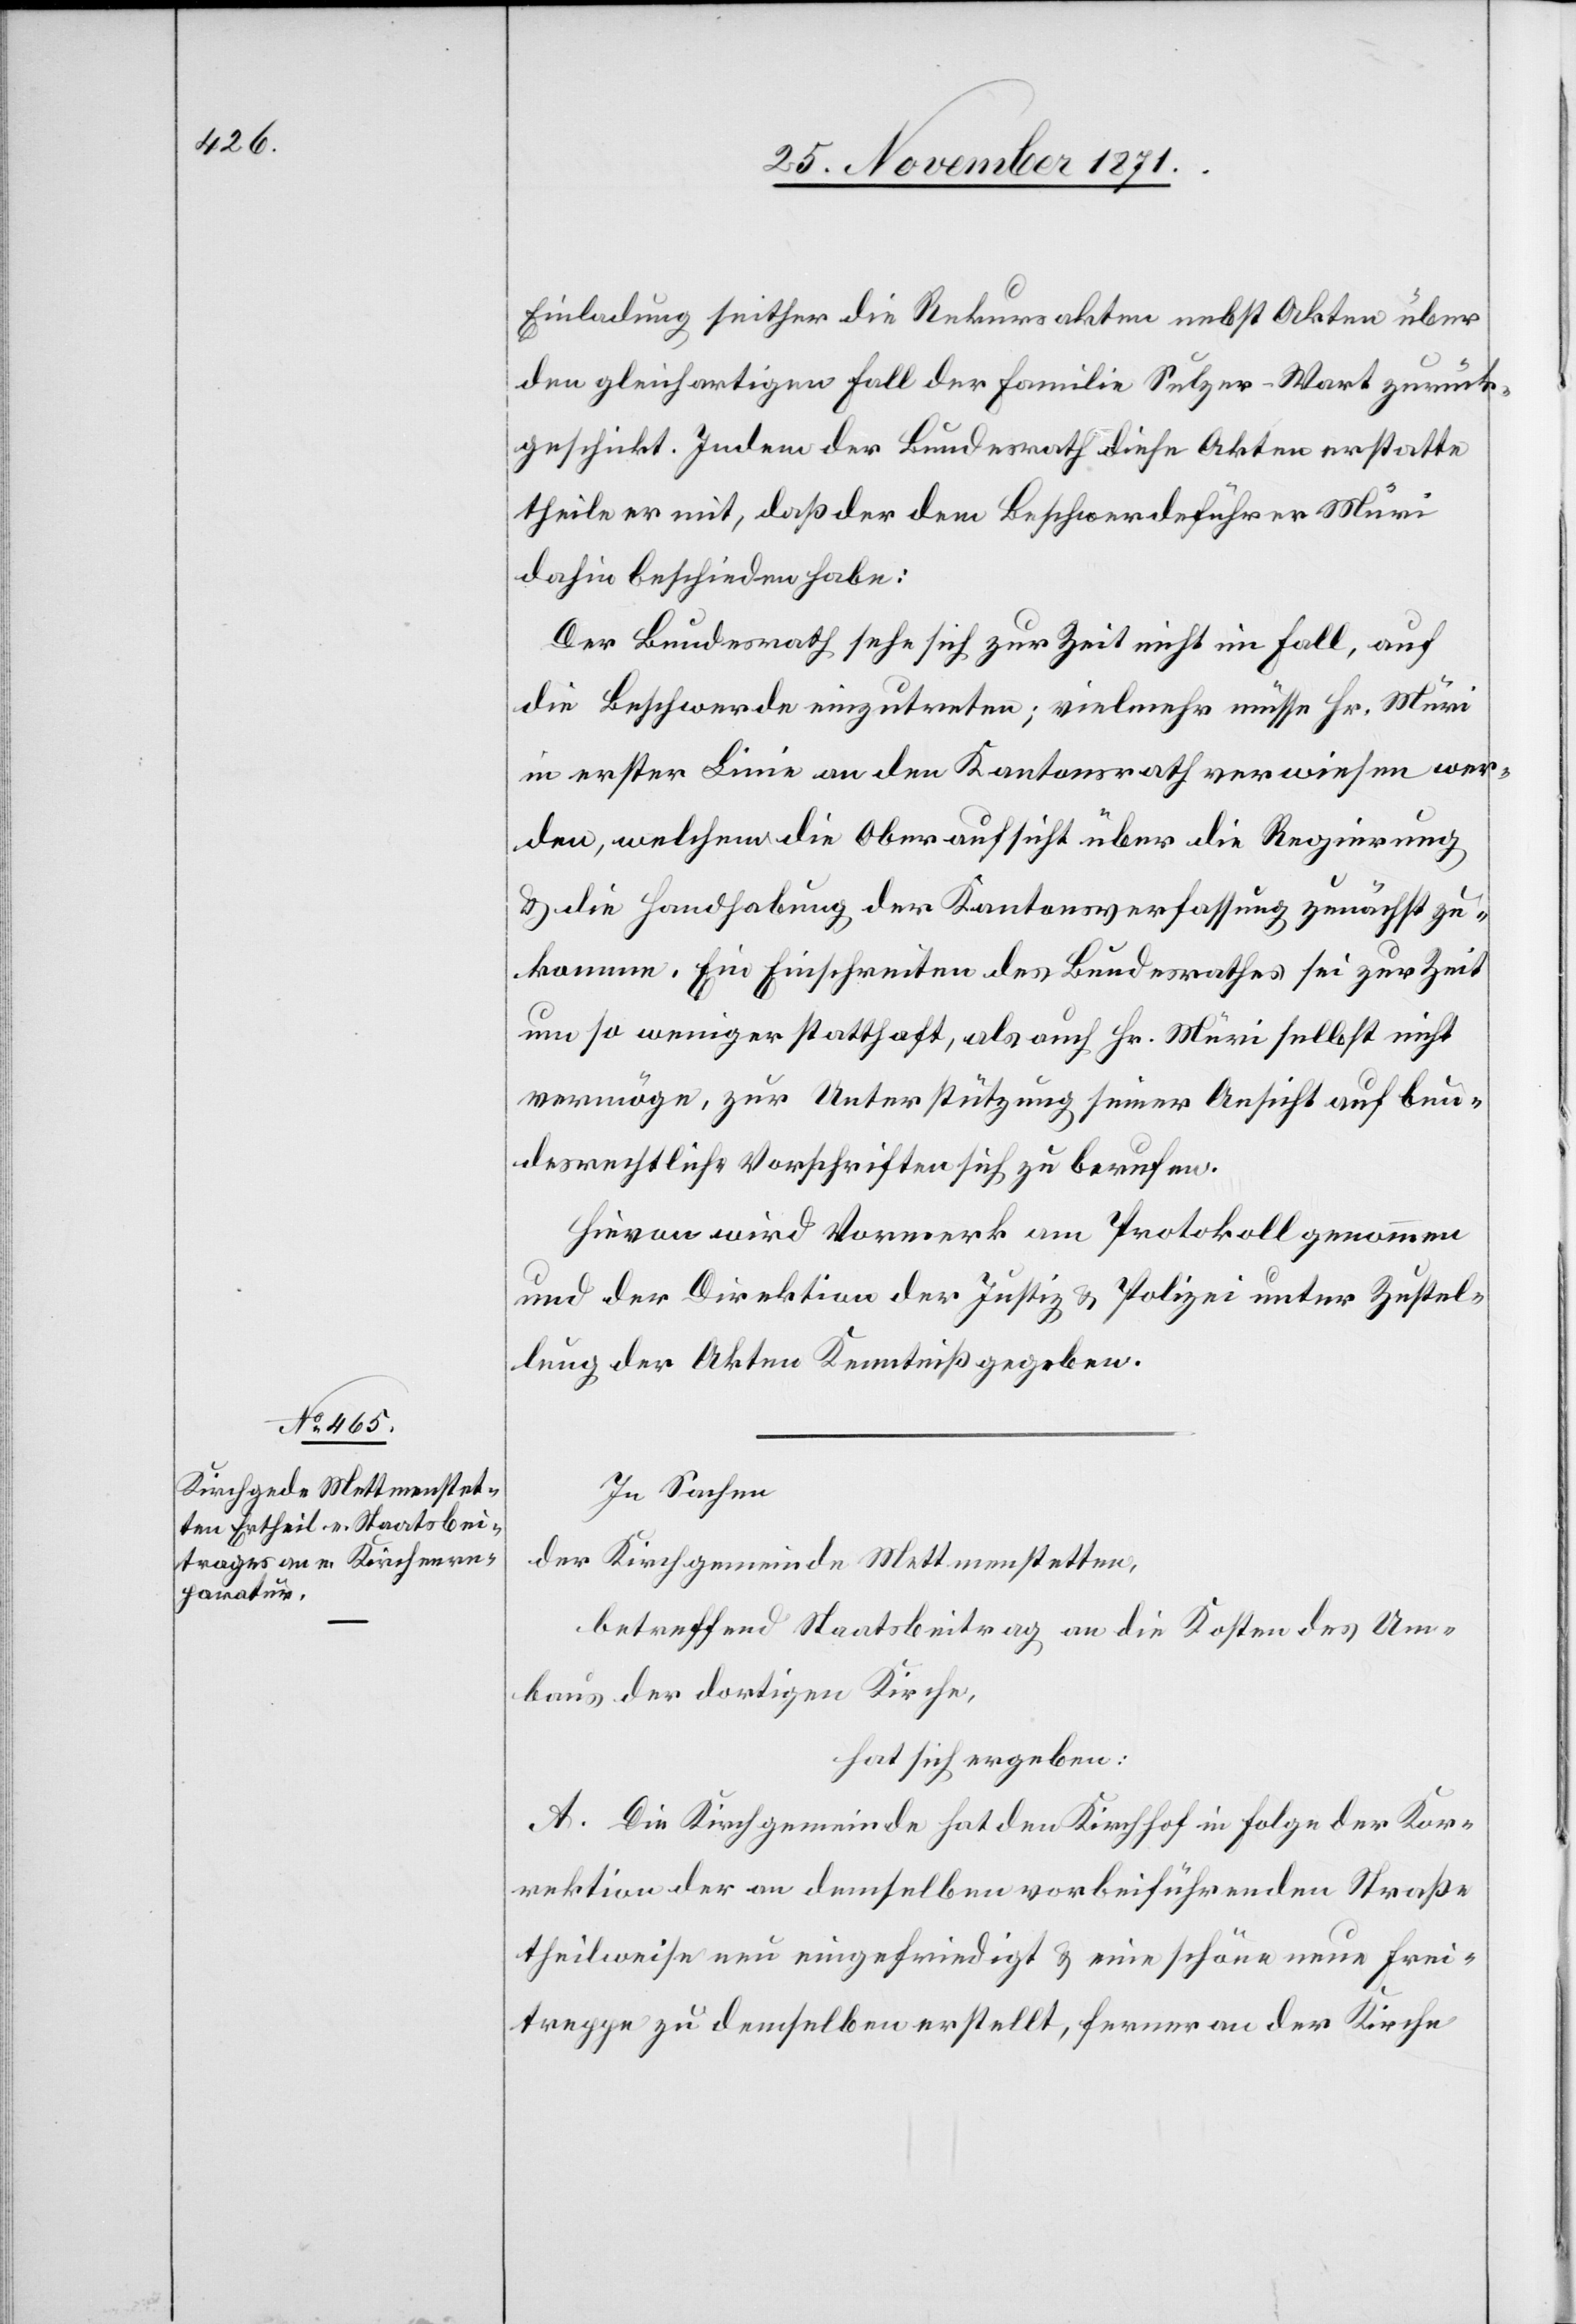
Einladung seither die Rekursakten nebst Akten über
den gleichartigen Fall der Familie Sulzer-Mart zurück¬
geschickt. Indem der Bundesrath diese Akten erstatte
theile er mit, daß der [sic!] dem Beschwerdeführer Müri
dahin beschieden habe:
Der Bundesrath sehe sich zur Zeit nicht im Fall, auf
die Beschwerde einzutreten; vielmehr müsse Hr. Müri
in erster Linie an den Kantonsrath verwiesen wer¬
den, welchem die Oberaufsicht über die Regierung
& die Handhabung der Kantonsverfassung zunächst zu¬
komme. Ein Einschreiten des Bundesrathes sei zur Zeit
um so weniger statthaft, als auch Hr. Müri selbst nicht
vermöge, zur Unterstützung seiner Ansicht auf bun¬
desrechtliche Vorschriften sich zu berufen.
Hievon wird Vormerk am Protokoll genommen
und der Direktion der Justiz & Polizei unter Zustel¬
lung der Akten Kenntniß gegeben.
In Sachen
der Kirchgemeinde Mettmenstetten,
betreffend Staatsbeitrag an die Kosten des Um¬
baus der dortigen Kirche,
hat sich ergeben:
A. Die Kirchgemeinde hat den Kirchhof in Folge der Kor¬
rektion der an demselben vorbeiführenden Straße
theilweise nun eingefriedigt & eine schöne neue Frei¬
treppe zu demselben erstellt, ferner an der Kirche